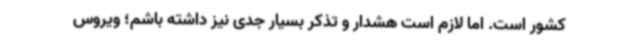
کشور است. اما لازم است هشدار و تذکر بسیار جدی نیز داشته باشم؛ ویروس